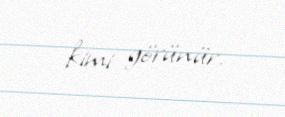
kimi görünür.